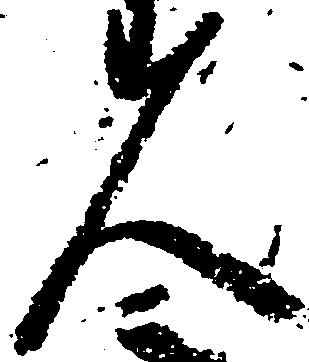
人